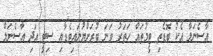
އާސެނަލާ އެކު ބޮޑެތި ޓީމުތައް ހަތަރު ވަނަ ބުރަށްޔުނައިޓެޑާއި ސިޓީ އަދި އާސެނަލް